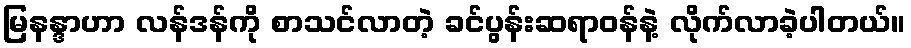
မြနန္ဒာဟာ လန်ဒန်ကို စာသင်လာတဲ့ ခင်ပွန်းဆရာဝန်နဲ့ လိုက်လာခဲ့ပါတယ်။